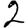
Digit: 2